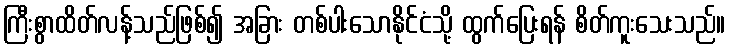
ကြီးစွာထိတ်လန့်သည်ဖြစ်၍ အခြား တစ်ပါးသောနိုင်ငံသို့ ထွက်ပြေးရန် စိတ်ကူးသေးသည်။